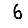
Digit: 6